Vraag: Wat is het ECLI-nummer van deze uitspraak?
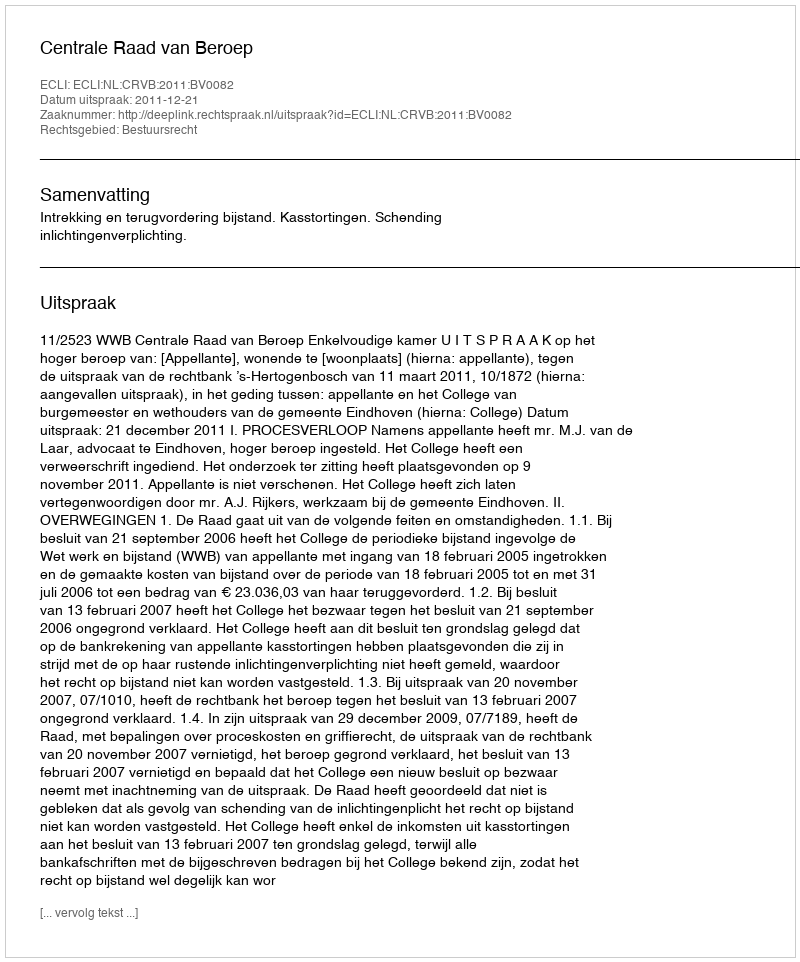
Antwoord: ECLI:NL:CRVB:2011:BV0082